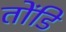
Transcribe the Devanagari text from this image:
तोंडि